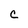
Character: C